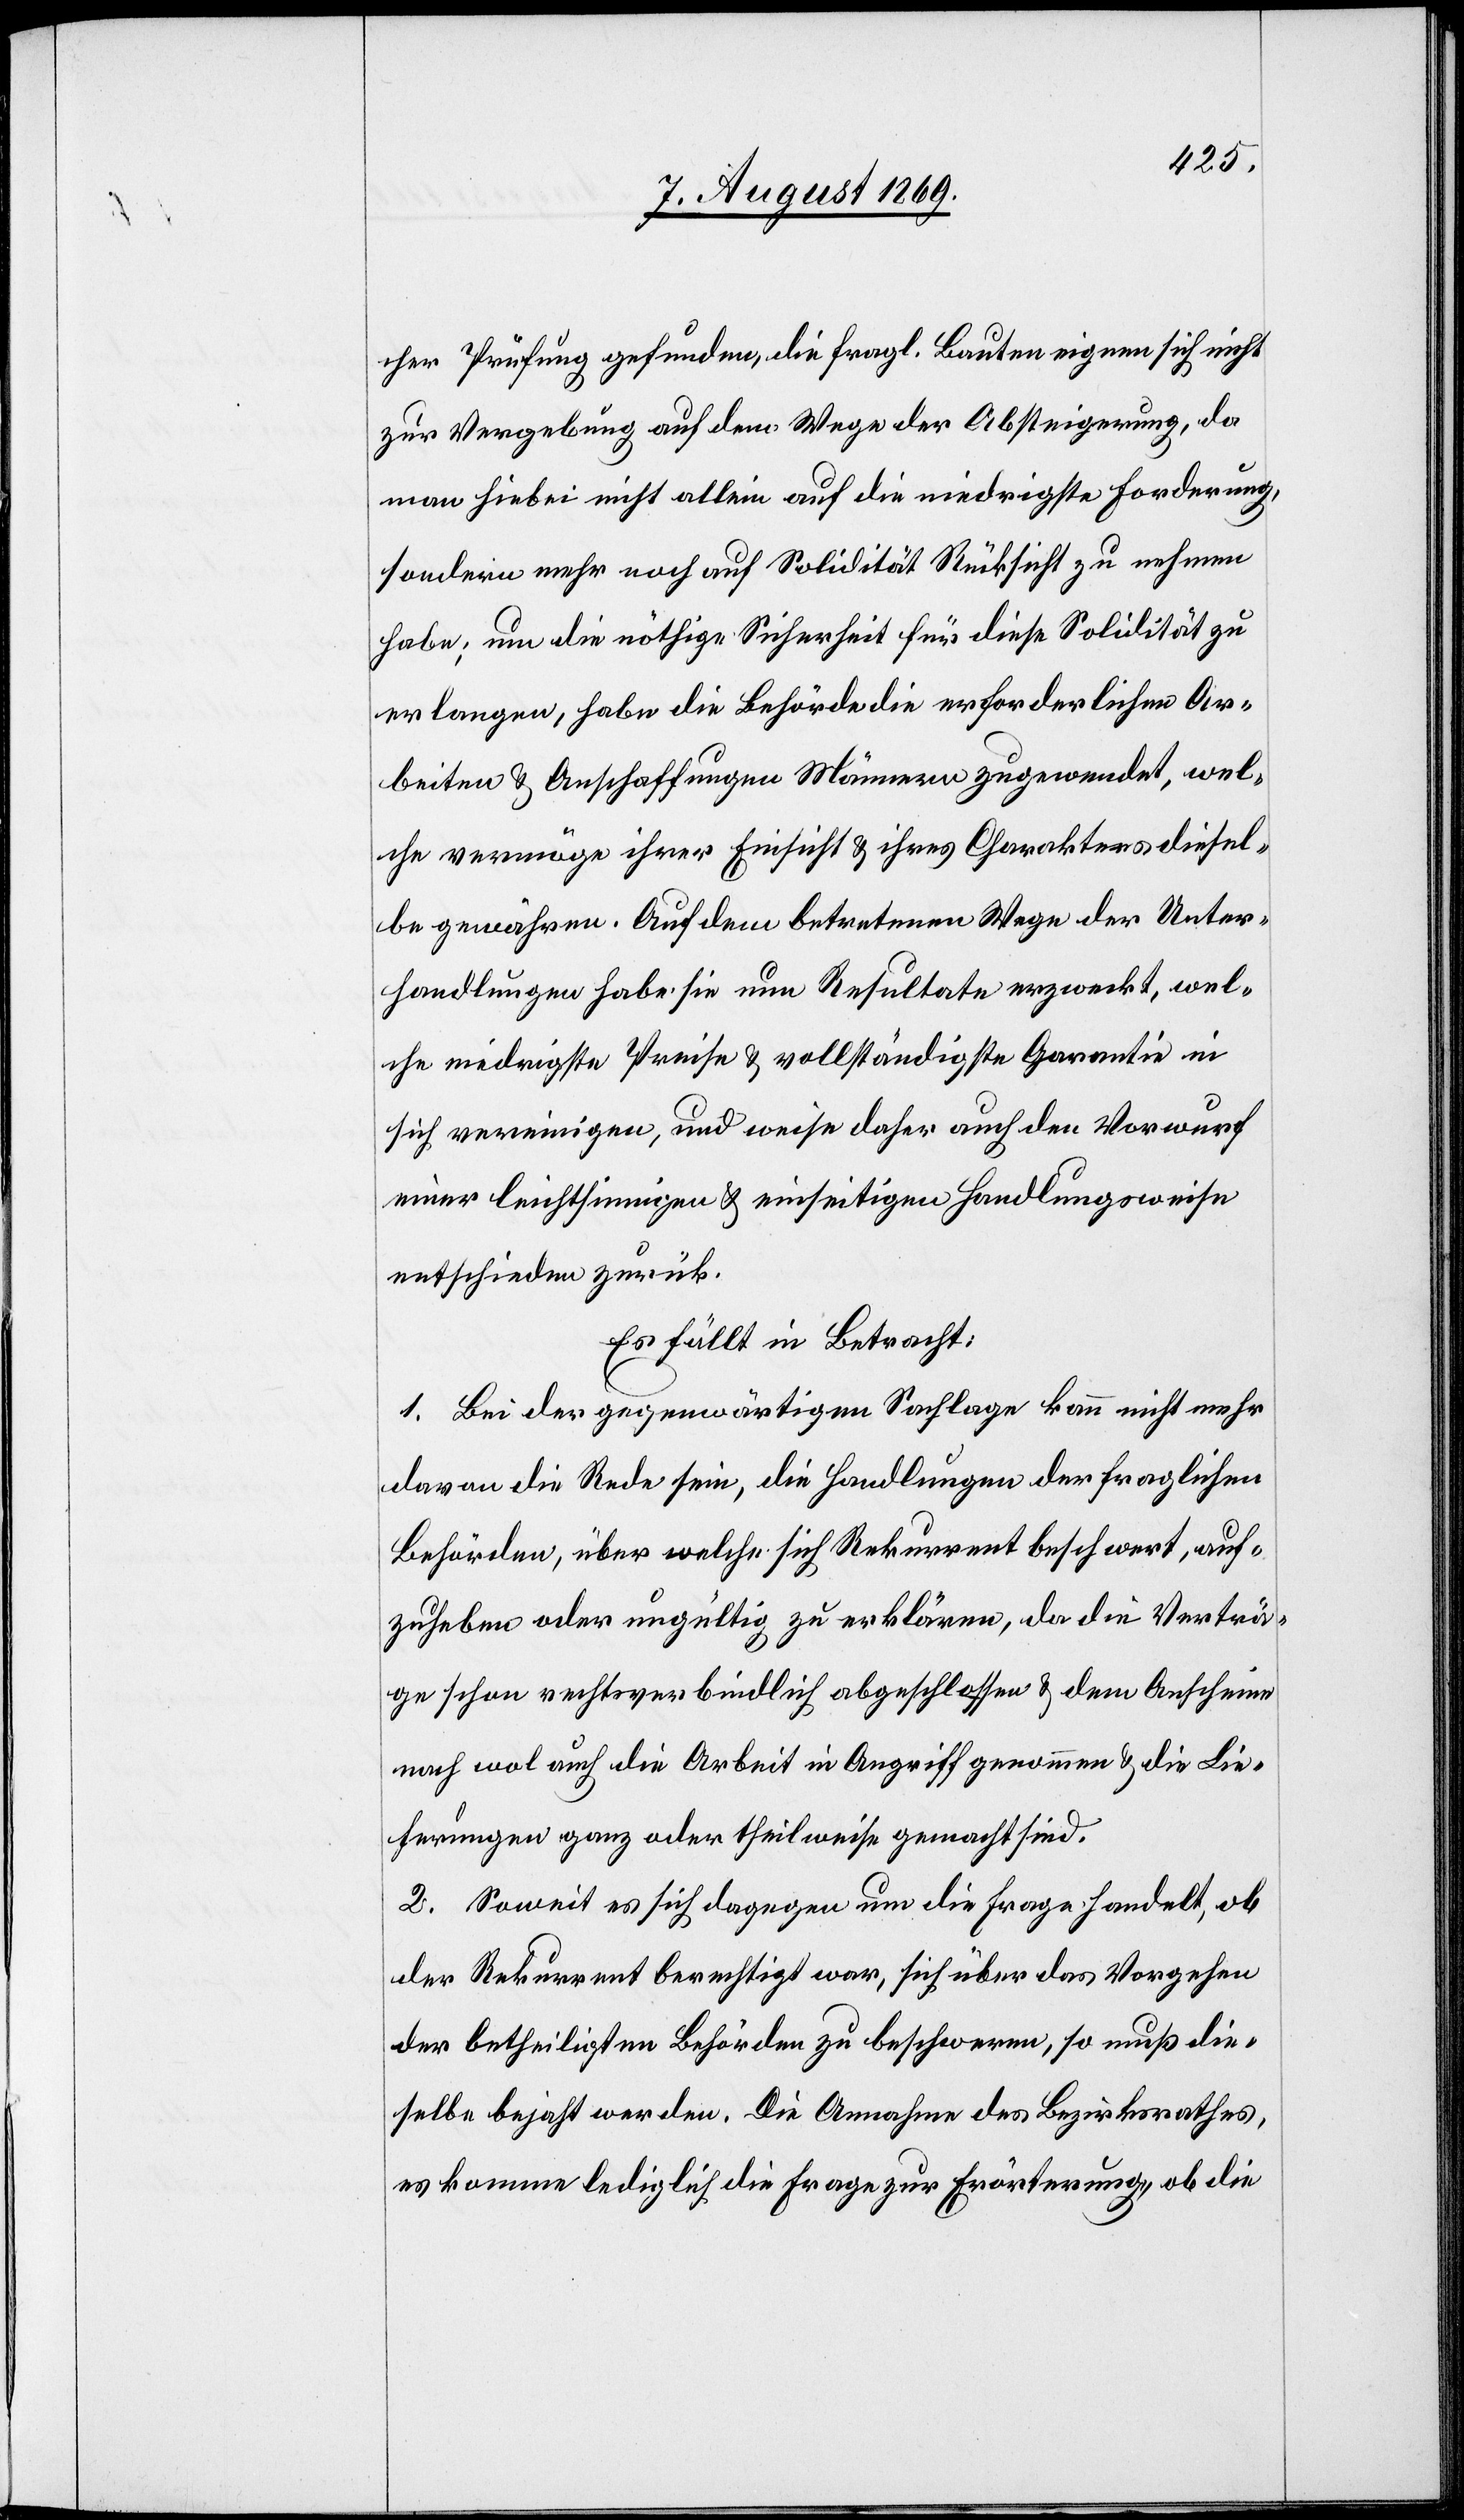
cher Prüfung gefunden, die fragl. Bauten eignen sich nicht
zur Vergebung auf dem Wege der Absteigerung, da
man hiebei nicht allein auf die niedrigste Forderung,
sondern mehr noch auf Solidität Rücksicht zu nehmen
habe; um die nöthige Sicherheit für diese Solidität zu
erlangen, habe die Behörde die erforderlichen Ar¬
beiten & Anschaffungen Männern zugewendet, wel¬
che vermöge ihrer Einsicht & ihres Charakters diesel¬
be gewähren. Auf dem betretenen Wege der Unter¬
handlungen habe sie nun Resultate erzweckt, wel¬
che niedrigste Preise & vollständigste Garantie in
sich vereinigen, und weise daher auch den Vorwurf
einer leichtsinnigen & einseitigen Handlungsweise
entschieden zurück.
Es fällt in Betracht:
1. Bei der gegenwärtigen Sachlage kann nicht mehr
davon die Rede sein, die Handlungen der fraglichen
Behörden, über welche sich Rekurrent beschwert, auf¬
zuheben oder ungültig zu erklären, da die Verträ¬
ge schon rechtsverbindlich abgeschlossen & dem Anschein
nach wol auch die Arbeit in Angriff genommen & die Lie¬
ferungen ganz oder theilweise gemacht sind.
2. Soweit es sich dagegen um die Frage handelt, ob
der Rekurrent berechtigt war, sich über das Vorgehen
der betheiligten Behörden zu beschweren, so muß die¬
selbe bejaht werden. Die Annahme des Bezirksrathes,
es komme lediglich die Frage zur Erörterung, ob die